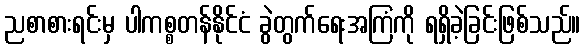
ညစာစားရင်းမှ ပါကစ္စတန်နိုင်ငံ ခွဲတွက်ရေးအကြံကို ရရှိခဲ့ခြင်းဖြစ်သည်။